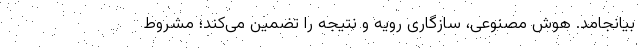
بیانجامد. هوش مصنوعی، سازگاری رویه و نتیجه را تضمین می‌کند؛ مشروط